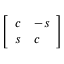
\left[ \begin{array} { l l } { c } & { - s } \\ { s } & { c } \end{array} \right]